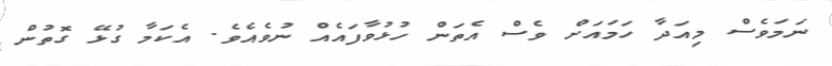
ނަމަވެސް މިއަދާ ހަމައަށް ވެސް އެތަން ހުޅުވާފައެއް ނުވެއެވެ. އެކަމާ ގުޅޭ ގޮތުން